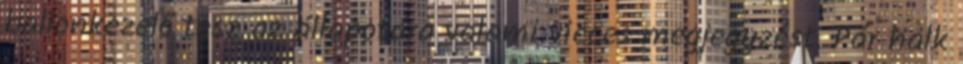
ballonkezelő tesz az állapotára valami vicces megjegyzést. Pár halk